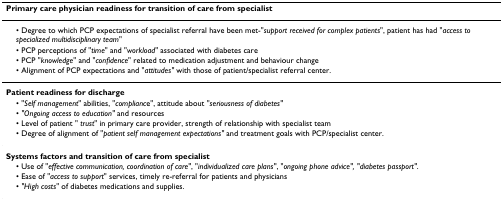
<table><thead><tr><td><b>Primary care physician readiness for transition of care from specialist</b></td></tr></thead><tbody><tr><td> • Degree to which PCP expectations of specialist referral have been met-&quot;<i>support received for complex patients</i>&quot;, patient has had &quot;<i>access to specialized multidisciplinary team</i>&quot;</td></tr><tr><td> • PCP perceptions of &quot;<i>time</i>&quot; and &quot;<i>workload</i>&quot; associated with diabetes care</td></tr><tr><td> • PCP &quot;<i>knowledge</i>&quot; and &quot;<i>confidence</i>&quot; related to medication adjustment and behaviour change</td></tr><tr><td> • Alignment of PCP expectations and &quot;<i>attitudes&quot; </i>with those of patient/specialist referral center.</td></tr><tr><td><b>Patient readiness for discharge</b></td></tr><tr><td> • &quot;<i>Self management</i>&quot; abilities, &quot;<i>complianc</i>e&quot;, attitude about &quot;<i>seriousness of diabetes&quot;</i></td></tr><tr><td> • <i>&quot;Ongoing access to education&quot; </i>and resources</td></tr><tr><td> • Level of patient &quot; <i>trust</i>&quot; in primary care provider, strength of relationship with specialist team</td></tr><tr><td> • Degree of alignment of &quot;<i>patient self management expectations&quot; </i>and treatment goals with PCP/specialist center.</td></tr><tr><td><b>Systems factors and transition of care from specialist</b></td></tr><tr><td> • Use of &quot;<i>effective communication, coordination of care&quot;</i>, &quot;<i>individualized care plans&quot;</i>, &quot;<i>ongoing phone advice&quot;, &quot;diabetes passport&quot;</i>.</td></tr><tr><td> • Ease of &quot;<i>access to support</i>&quot; services, timely re-referral for patients and physicians</td></tr><tr><td> • <i>&quot;High costs</i>&quot; of diabetes medications and supplies.</td></tr></tbody></table>